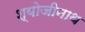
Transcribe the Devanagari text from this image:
श्योजीनाथ